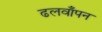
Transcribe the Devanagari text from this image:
ढलवाँपन